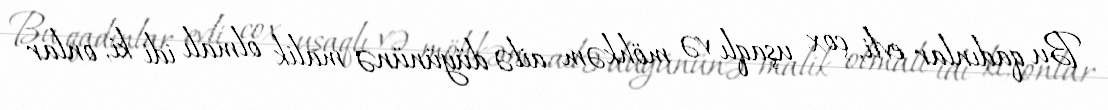
Bu qadınlar evli, çox uşaqlı və möhkəm ailə düyününə malik olmalı idi ki, onlar